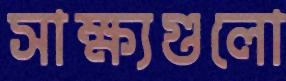
সাক্ষ্যগুলো